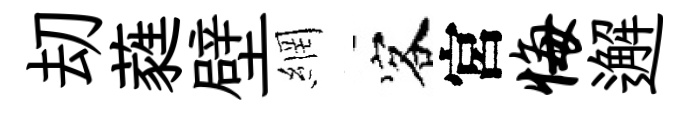
刧蕤壁網客宮悔邂